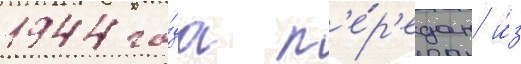
1944 го́да п'е́р'едан и́з